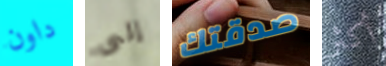
داون إلى صدقتك أكثر